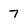
Character: 7